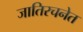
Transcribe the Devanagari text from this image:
जातिरचनेत